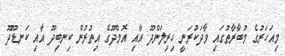
މިއަހަރުގެ މުބާރާތުގައި ވާދަކުރަނީ ހިރިލަންދޫ އާއި އޮމްދޫގެ އިތުރުން ކިނބިދޫ އާއި ކަނޑޫދޫ